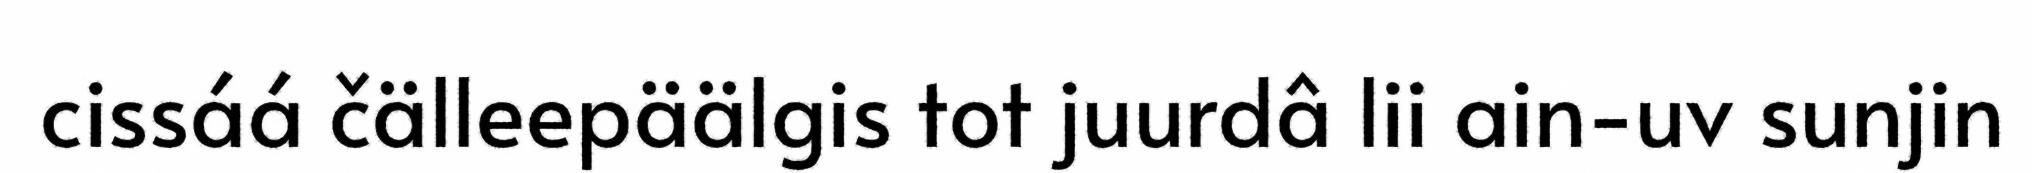
cissáá čälleepäälgis tot juurdâ lii ain-uv sunjin